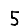
Digit: 5